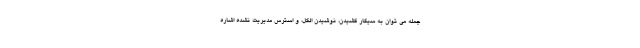
جمله می توان به سیگار کشیدن، نوشیدن الکل، و استرس مدیریت نشده اشاره